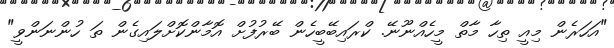
"އަހަރެން މިއީ ތިހާ މާތް މީހެއްނޫނޭ. ކްރައިބޭބީހެން ބޭރުފުށް އޮމާންކޮށްލައިގެން ތަ ހުންނަންވީ"